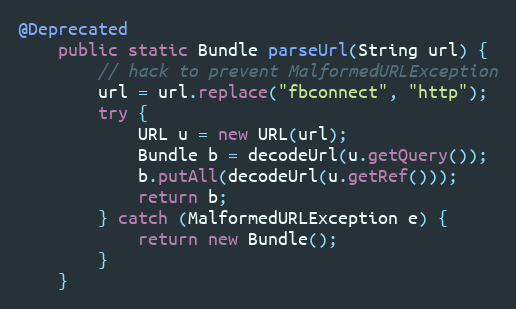
Language: Java
@Deprecated
    public static Bundle parseUrl(String url) {
        // hack to prevent MalformedURLException
        url = url.replace("fbconnect", "http");
        try {
            URL u = new URL(url);
            Bundle b = decodeUrl(u.getQuery());
            b.putAll(decodeUrl(u.getRef()));
            return b;
        } catch (MalformedURLException e) {
            return new Bundle();
        }
    }